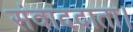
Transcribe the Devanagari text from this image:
संवाददाता।